Senior Leaving Certificate Examination (including Day School Certificate (Higher) General paper), 1947
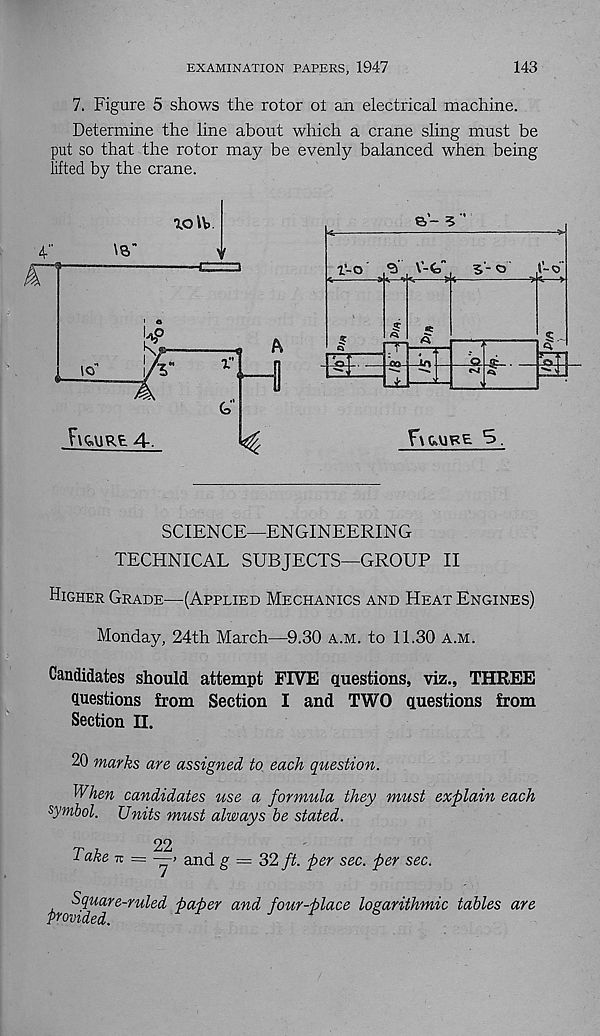
EXAMINATION PAPERS, 1947
143
7. Figure 5 shows the rotor ol an electrical machine.
Determine the line about which a crane sling must be
put so that the rotor may be evenly balanced when being
lifted by the crane.
roiv
4."
'a"
i
FlGAlRE.
SCIENCE—ENGINEERING
TECHNICAL SUBJECTS—GROUP II
Higher Grade—(Applied Mechanics and Heat Engines)
Monday, 24th March—9.30 a.m. to 11.30 a.m.
Candidates should attempt FIVE questions, viz., THREE
questions from Section I and TWO questions from
Section II.
20 marks are assigned to each question.
When candidates use a formula they must explain each
symbol. Units must always be stated.
Take 7t = —> and g = 32 ft. per sec. per sec.
ft? ^^l are~ru^e^' P a P er an^ four-place logarithmic tables are